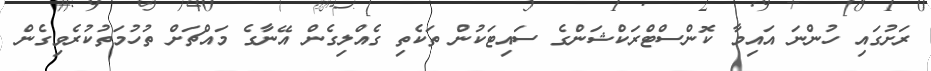
ރަށުގައި ހުންނަ އައިމާ ކޮންސްޓްރަކްޝަންގެ ސައިޓަކުން ތަކެތި ގެއްލިގެން އޭނާގެ މައްޗަށް ތުހުމަތުކުރެވިގެން